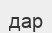
дар